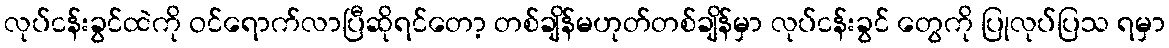
လုပ်ငန်းခွင်ထဲကို ဝင်ရောက်လာပြီဆိုရင်တော့ တစ်ချိန်မဟုတ်တစ်ချိန်မှာ လုပ်ငန်းခွင် တွေကို ပြုလုပ်ပြသ ရမှာ